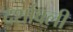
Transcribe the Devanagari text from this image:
दर्शावली